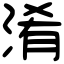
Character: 淆